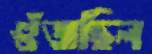
গুঁজছিল